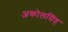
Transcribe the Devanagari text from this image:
अकोलसिंह